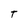
Character: T